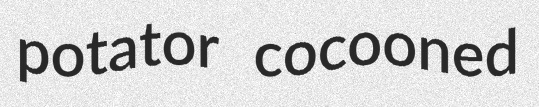
potator cocooned